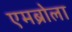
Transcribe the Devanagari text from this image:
एमब्रोला